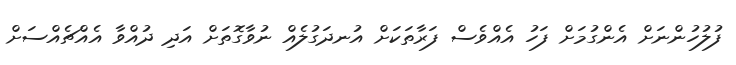
ފުލުހުންނަށް އެންގުމަށް ފަހު އެއްވެސް ފަރާތަކަށް އުނދަގުލެއް ނުވާގޮތަށް އަދި ދުއްވާ އެއްޗެއްސަށް